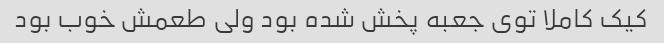
کیک کاملا توی جعبه پخش شده بود ولی طعمش خوب بود